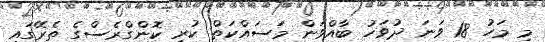
މި މަހު 18 ވަނަ ދުވަހު ބާއްވަން މަސައްކަތް ކުރި ކޮންގްރެސްގެ ތެރޭގައި